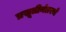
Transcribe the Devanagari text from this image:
प्रसूतीनंतरचे